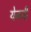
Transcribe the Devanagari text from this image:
येनची